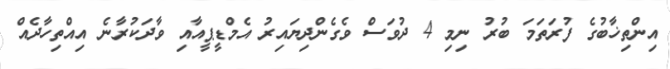
އިންތިޚާބުގެ ފުރަތަމަ ބުރު ނިމި 4 ދުވަސް ވެގެންދިޔައިރު އެމްޑީޕީއާއި ވާދަކުރާނެ އިއްތިހާދެއް